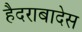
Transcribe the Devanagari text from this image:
हैदराबादेस